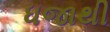
ધજાથી